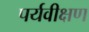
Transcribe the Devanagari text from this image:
पर्यवीक्षण